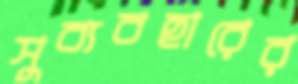
সুব্যবহারের